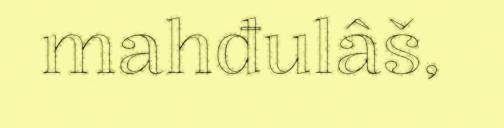
mahđulâš,